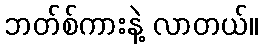
ဘတ်စ်ကားနဲ့ လာတယ်။